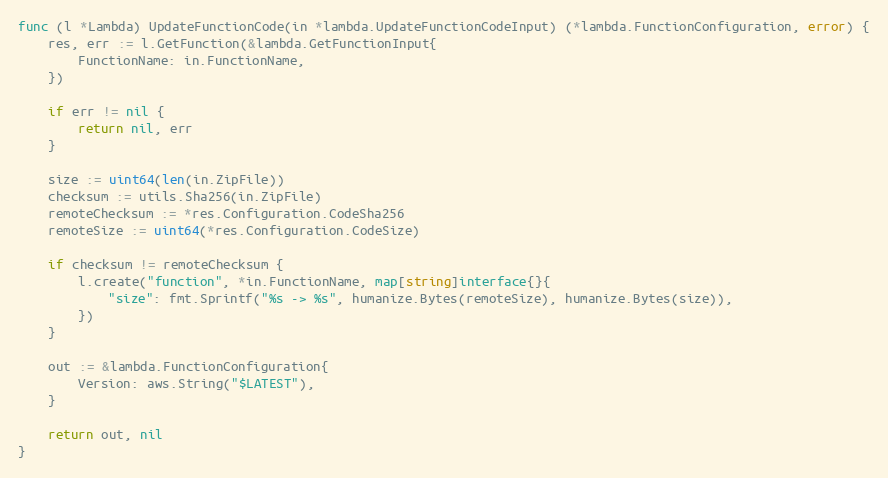
Language: Go
func (l *Lambda) UpdateFunctionCode(in *lambda.UpdateFunctionCodeInput) (*lambda.FunctionConfiguration, error) {
	res, err := l.GetFunction(&lambda.GetFunctionInput{
		FunctionName: in.FunctionName,
	})

	if err != nil {
		return nil, err
	}

	size := uint64(len(in.ZipFile))
	checksum := utils.Sha256(in.ZipFile)
	remoteChecksum := *res.Configuration.CodeSha256
	remoteSize := uint64(*res.Configuration.CodeSize)

	if checksum != remoteChecksum {
		l.create("function", *in.FunctionName, map[string]interface{}{
			"size": fmt.Sprintf("%s -> %s", humanize.Bytes(remoteSize), humanize.Bytes(size)),
		})
	}

	out := &lambda.FunctionConfiguration{
		Version: aws.String("$LATEST"),
	}

	return out, nil
}